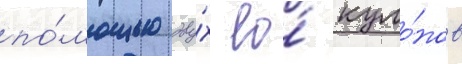
по́мощью дву́х ео́ куло́нов